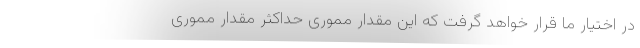
در اختیار ما قرار خواهد گرفت که این مقدار مموری حداکثر مقدار مموری